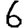
Digit: 6